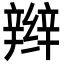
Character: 辫